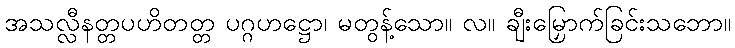
အသလ္လီနတ္တပဟိတတ္တ ပဂ္ဂဟဋ္ဌော၊ မတွန့်သော။ လ။ ချီးမြှောက်ခြင်းသဘော။